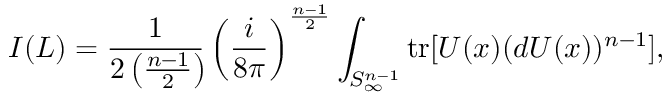
I ( L ) = \frac { 1 } { 2 \left( \frac { n - 1 } { 2 } \right) \! } \left( \frac { i } { 8 \pi } \right) ^ { \frac { n - 1 } { 2 } } \int _ { S _ { \infty } ^ { n - 1 } } \mathrm { t r } [ U ( x ) ( d U ( x ) ) ^ { n - 1 } ] ,